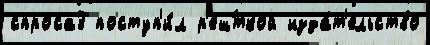
спроса3 поступ'и́л р'еш́ткой изда́т'ельство